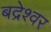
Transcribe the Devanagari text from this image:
बद्रेश्वर